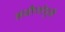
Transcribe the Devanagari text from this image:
अजीर्णामुळे